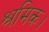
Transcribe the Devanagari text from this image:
श्रमिक।